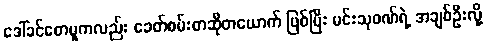
ဒေါ်ခင်စောမူကလည်း ခေတ်စမ်းစာဆိုတယောက် ဖြစ်ပြီး မင်းသုဝဏ်ရဲ့ အချစ်ဦးလို့